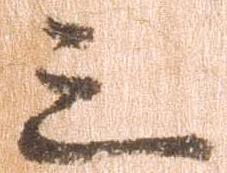
三